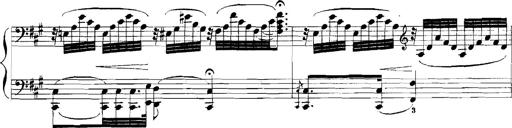
Title: Rhapsodies hongroises
Composer: Franz Liszt